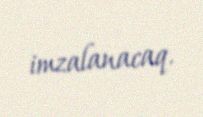
imzalanacaq.